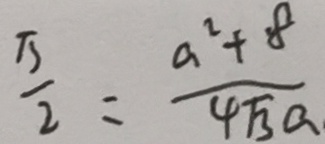
\frac { \pi } { 2 } = \frac { a ^ { 2 } + 8 } { 4 \sqrt { 3 } a }